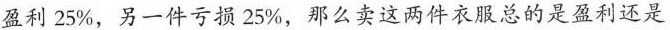
盈利25%，另一件亏损25%，那么卖这两件衣服总的是盈利还是